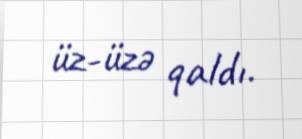
üz-üzə qaldı.